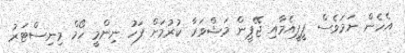
އެހެން ނަމަވެސް ޕީޕީއެމާއި ޖޭޕީން މަޝްވަރާ ކުރުމަށް ފަހު ނިންމީ ހޯމް މިނިސްޓަރު